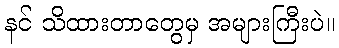
နင် သိထားတာတွေမှ အများကြီးပဲ။